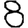
Digit: 8